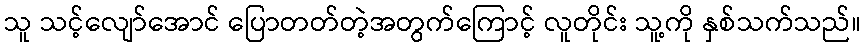
သူ သင့်လျော်အောင် ပြောတတ်တဲ့အတွက်ကြောင့် လူတိုင်း သူ့ကို နှစ်သက်သည်။